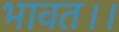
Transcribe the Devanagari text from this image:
भावत।।